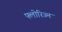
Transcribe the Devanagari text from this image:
फ्लोरिज्न